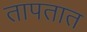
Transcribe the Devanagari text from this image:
तापतात